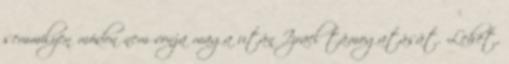
semmilyen módon nem vonja maga után Izrael támogatását. Lehet,